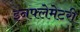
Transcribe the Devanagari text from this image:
इनफ्लेमेटरी